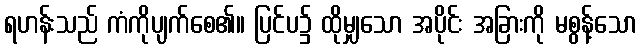
ရဟန်းသည် ကံကိုပျက်စေ၏။ ပြင်ပ၌ ထိုမျှသော အပိုင်း အခြားကို မစွန့်သော